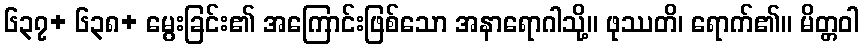
၆၃၇+ ၆၃၈+ မွေးခြင်း၏ အကြောင်းဖြစ်သော အနာရောဂါသို့။ ဖုဿတိ၊ ရောက်၏။ မိတ္တဝါ